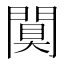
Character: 𨵢